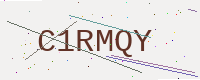
Text: C1RMQY